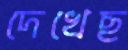
দেখেছ